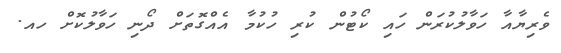
ވެރިޔާއާ ހަވާލުކުރަން ހައި ކޯޓުން ކުރި ހުކުމާ އެއްގޮތަށް ދޯނި ހަވާލުކޮށް ހއ.